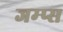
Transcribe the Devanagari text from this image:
जम्प्स